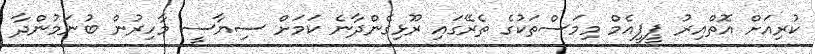
ކުރިއަށް އޮތްއިރު ޕީޕީއެމް މިމަސްތަކުގެ ތެރޭގައި ރޫޅިގެންދާނެ ކަމަށް ސިޔާސީ މާހިރުން ބުނަމުންދާ